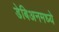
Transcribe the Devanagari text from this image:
डेबिअनमध्ये